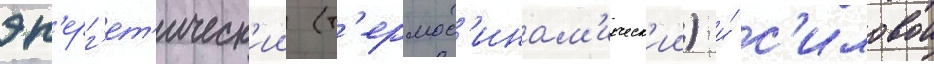
эн'ерг'ет'ическ'ии (т'ермод'инам'ическ'ии) и́ с'иловои